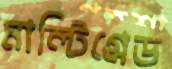
মাল্টিগ্রেড